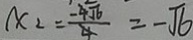
x _ { 2 } = \frac { - \sqrt { 6 } } { 4 } = - \sqrt { 6 }